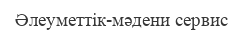
Әлеуметтік-мәдени сервис